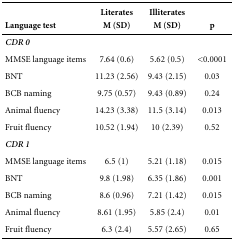
<table><thead><tr><td><b> </b></td><td><b>Literates</b></td><td><b>Illiterates</b></td><td><b> </b></td></tr><tr><td><b>Language test</b></td><td><b>M (SD)</b></td><td><b>M (SD)</b></td><td><b>p</b></td></tr></thead><tbody><tr><td><b><i>CDR 0</i></b></td><td> </td><td> </td><td> </td></tr><tr><td>MMSE language items</td><td>7.64 (0.6)</td><td>5.62 (0.5)</td><td>&lt;0.0001</td></tr><tr><td>BNT</td><td>11.23 (2.56)</td><td>9.43 (2.15)</td><td>0.03</td></tr><tr><td>BCB naming</td><td>9.75 (0.57)</td><td>9.43 (0.89)</td><td>0.24</td></tr><tr><td>Animal fluency</td><td>14.23 (3.38)</td><td>11.5 (3.14)</td><td>0.013</td></tr><tr><td>Fruit fluency</td><td>10.52 (1.94)</td><td>10 (2.39)</td><td>0.52</td></tr><tr><td><b><i>CDR 1</i></b></td><td> </td><td> </td><td> </td></tr><tr><td>MMSE language items</td><td>6.5 (1)</td><td>5.21 (1.18)</td><td>0.015</td></tr><tr><td>BNT</td><td>9.8 (1.98)</td><td>6.35 (1.86)</td><td>0.001</td></tr><tr><td>BCB naming</td><td>8.6 (0.96)</td><td>7.21 (1.42)</td><td>0.015</td></tr><tr><td>Animal fluency</td><td>8.61 (1.95)</td><td>5.85 (2.4)</td><td>0.01</td></tr><tr><td>Fruit fluency</td><td>6.3 (2.4)</td><td>5.57 (2.65)</td><td>0.65</td></tr></tbody></table>